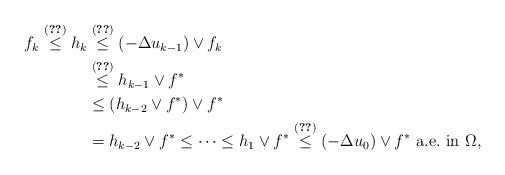
LaTeX: \begin{align*}f_k \stackrel{\eqref{lo3}}\leq h_k &\stackrel{\eqref{lo3}}{\leq} \left(-\Delta u_{k-1}\right) \vee f_k\\ &\stackrel{\eqref{lo1}}{\leq} h_{k-1} \vee f^*\\ &\leq (h_{k-2} \vee f^*) \vee f^*\\ &= h_{k-2} \vee f^* \leq \cdots \leq h_1 \vee f^* \stackrel{\eqref{lo3}}\leq \left(-\Delta u_0\right) \vee f^*\mbox{ a.e.~in } \Omega,\end{align*}